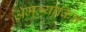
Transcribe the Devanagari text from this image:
अमूल्यांकित